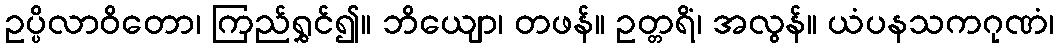
ဥပ္ပိလာဝိတော၊ ကြည်ရွှင်၍။ ဘိယျော၊ တဖန်။ ဥတ္တရိံ၊ အလွန်။ ယံပနသကဂုဏံ၊